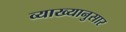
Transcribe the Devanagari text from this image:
व्याख्यानुसार